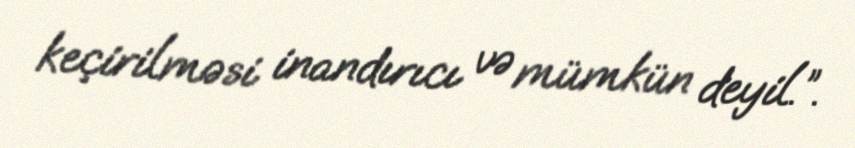
keçirilməsi inandırıcı və mümkün deyil.”.